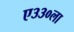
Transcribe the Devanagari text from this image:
ए३३०ला